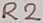
Text: R2